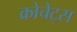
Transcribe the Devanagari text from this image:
क्रोचेट्स